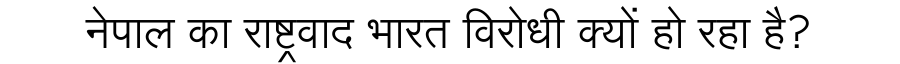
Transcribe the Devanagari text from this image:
नेपाल का राष्ट्रवाद भारत विरोधी क्यों हो रहा है?